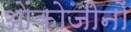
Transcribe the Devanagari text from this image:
ओंकोजीनों